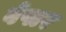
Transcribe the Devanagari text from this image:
वेपार